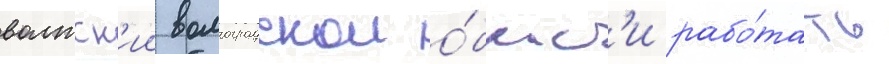
волжск'ии волгоградскои о́бласт'и рабо́тать